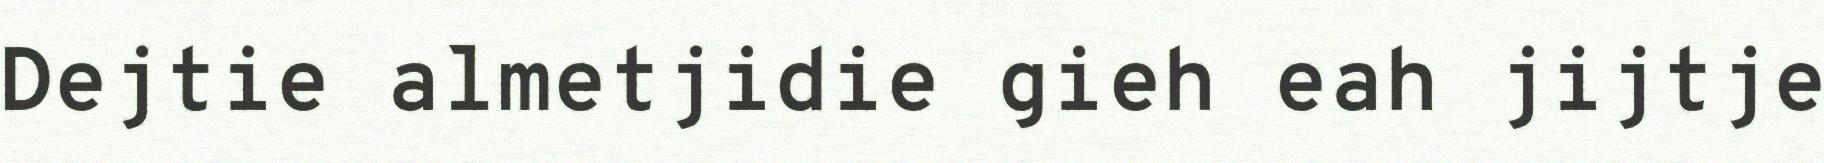
Dejtie almetjidie gieh eah jijtje